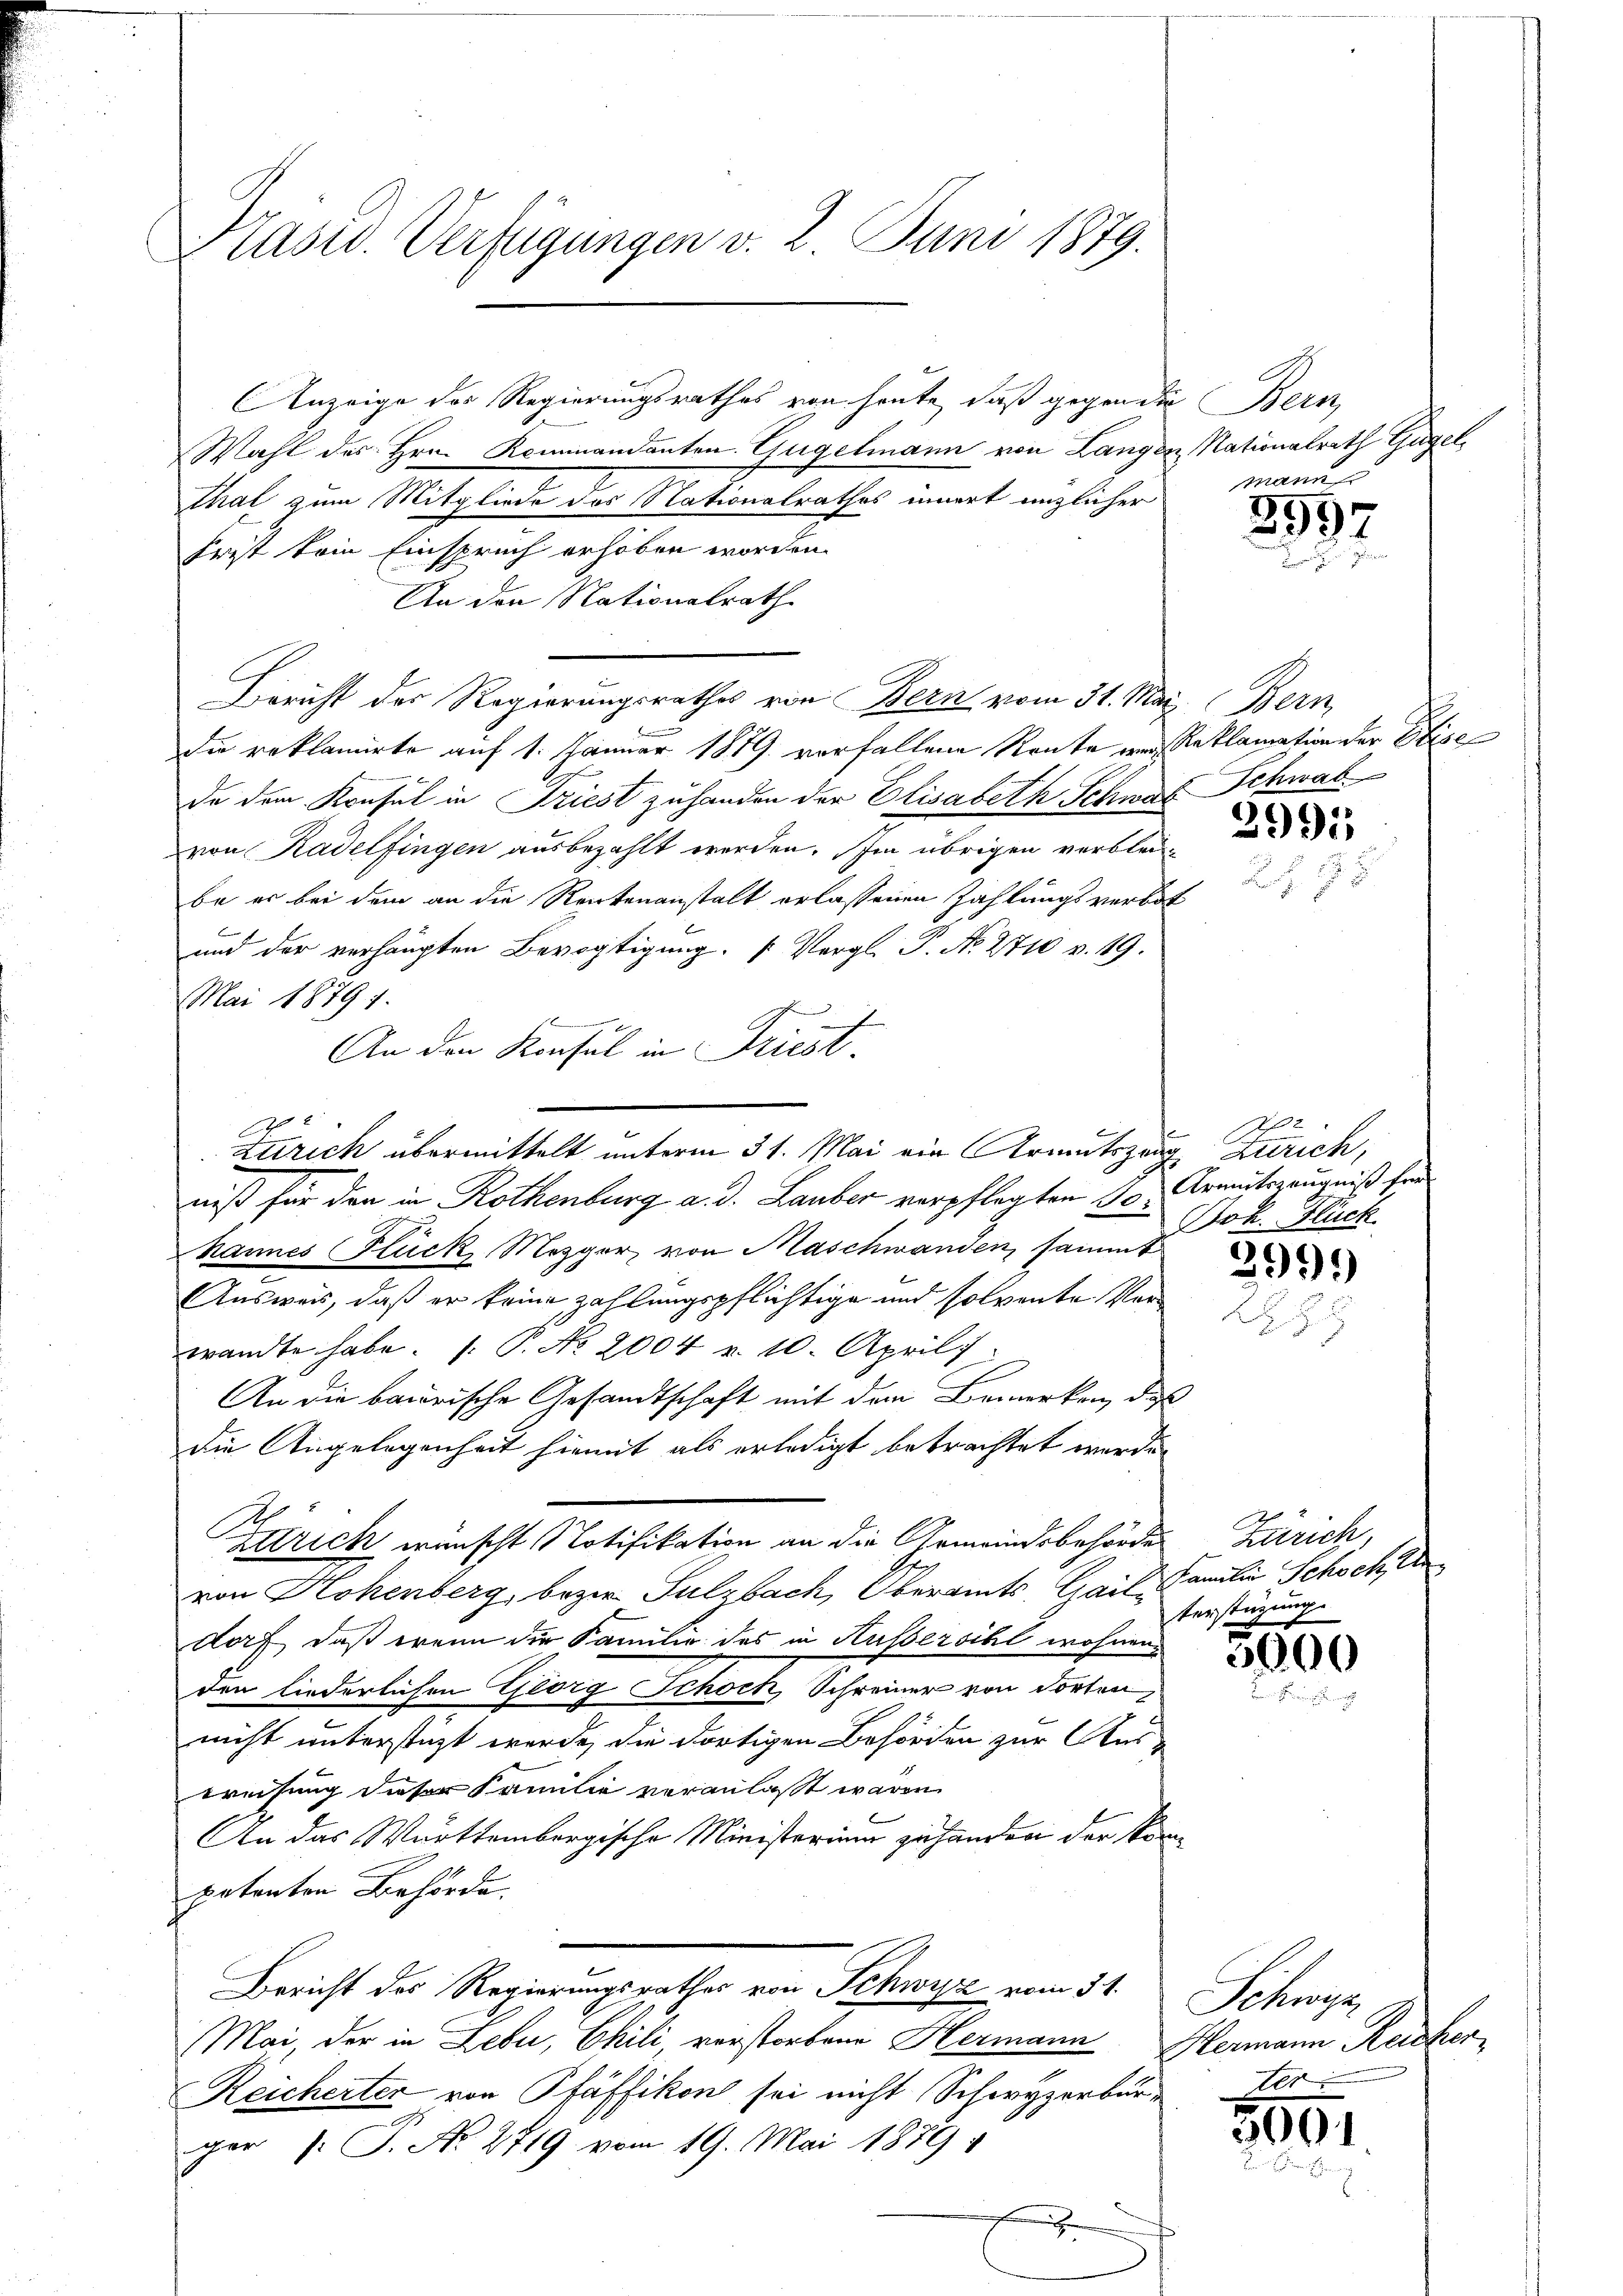
Präsid. Verfügungen v. 2. Juni 1879.

Anzeige des Regierungsrathes von heute, daß gegen die Bern,
Wahl des Hrn. Kommandanten. Gugelmann von Langen Nationalrath Gugel
thal zum Mitgliede des Nationalrathes innert enzlicher
frist kein Einspruch erhoben worden.
An den Nationalrath
Bericht der Regierungsrathes von Bern vom 31. Mai (Bern,
die reklamirte auf 1. Jänner 1879 vorfallene Route ein Reklamation der Eise
da dem Konsul in Triest zuhanden der Elisabeth Schwaf Schwal
von Radelfingen ausbezahlt werden. Im übrigen verbleibe er bei dem an die Rentenanstalt erlassenen Zahlungsverbot
C
und der verhängten Bevogtigung. (Vergl. J. No. 2710 v. 19.
Mai 18791.
6
An den Konsul in Friest.
Zürich übermittelt unterm 31. Mai ein Armutszeug Zürich,
niß für den in Rothenburg a. d. Lauber verpflegten 10 Armutszeugniß her
hannes Flück Mezger von Maschwanden, sammt
Ausweis, daß er keine zahlungspflichtige und solvente Verwandte habe. s. P. No 2004 u. 10. April 1
An die bairische Gesandtschaft mit dem Bemerken, daß
die Angelegenheit hiemit als erledigt betrachtet werde.
Zürich wünscht Notifikation an die Gemeindsbehörden Zürich,
von Hohenberg, bezw. Sulzbach, Oberamts, Gail, Familie Schoch, U
dorf, daß wenn die Familie des in Aussersihl wohnenden liederlichen Georg Schoch Schreiner von dorten,
nicht unterstüzt werde, die dortigen Behörden zur Ausweisung dieser Familie veranlaßt waren.
An das Württembergische Ministerium zu handen der kompetenton Behörde.
Bericht des Regierungsrathes von Schwyz vom 31. Schwyz,
Mai, der in Leber, Chili, verstorbene Hermann Hermann Reicher
Reicherter von Pfäffikon sei nicht Schwyzerbürger 1. P. Nr. 2719 vom 19. Mai 1889
F

manns

1

8997

2991

Spure
Jok. Flüch

3999

terstüzung.

3000

Alter

¬